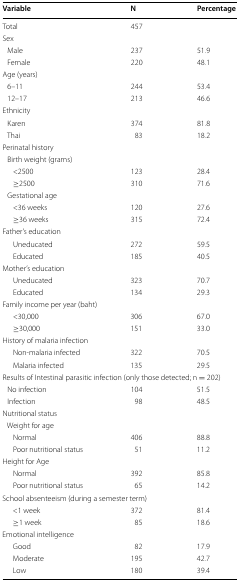
<table><thead><tr><td><b>Variable</b></td><td><b>N</b></td><td><b>Percentage</b></td></tr></thead><tbody><tr><td>Total</td><td>457</td><td></td></tr><tr><td colspan="3">Sex</td></tr><tr><td> Male</td><td>237</td><td>51.9</td></tr><tr><td> Female</td><td>220</td><td>48.1</td></tr><tr><td colspan="3">Age (years)</td></tr><tr><td> 6–11</td><td>244</td><td>53.4</td></tr><tr><td> 12–17</td><td>213</td><td>46.6</td></tr><tr><td colspan="3">Ethnicity</td></tr><tr><td> Karen</td><td>374</td><td>81.8</td></tr><tr><td> Thai</td><td>83</td><td>18.2</td></tr><tr><td colspan="3">Perinatal history</td></tr><tr><td colspan="3"> Birth weight (grams)</td></tr><tr><td>&lt;2500</td><td>123</td><td>28.4</td></tr><tr><td>≥2500</td><td>310</td><td>71.6</td></tr><tr><td colspan="3"> Gestational age</td></tr><tr><td>&lt;36 weeks</td><td>120</td><td>27.6</td></tr><tr><td>≥36 weeks</td><td>315</td><td>72.4</td></tr><tr><td colspan="3">Father’s education</td></tr><tr><td>Uneducated</td><td>272</td><td>59.5</td></tr><tr><td>Educated</td><td>185</td><td>40.5</td></tr><tr><td colspan="3">Mother’s education</td></tr><tr><td>Uneducated</td><td>323</td><td>70.7</td></tr><tr><td>Educated</td><td>134</td><td>29.3</td></tr><tr><td colspan="3">Family income per year (baht)</td></tr><tr><td>&lt;30,000</td><td>306</td><td>67.0</td></tr><tr><td>≥30,000</td><td>151</td><td>33.0</td></tr><tr><td colspan="3">History of malaria infection</td></tr><tr><td>Non-malaria infected</td><td>322</td><td>70.5</td></tr><tr><td>Malaria infected</td><td>135</td><td>29.5</td></tr><tr><td colspan="3">Results of Intestinal parasitic infection (only those detected; n = 202)</td></tr><tr><td> No infection</td><td>104</td><td>51.5</td></tr><tr><td> Infection</td><td>98</td><td>48.5</td></tr><tr><td colspan="3">Nutritional status</td></tr><tr><td colspan="3"> Weight for age</td></tr><tr><td>Normal</td><td>406</td><td>88.8</td></tr><tr><td>Poor nutritional status</td><td>51</td><td>11.2</td></tr><tr><td colspan="3">Height for Age</td></tr><tr><td>Normal</td><td>392</td><td>85.8</td></tr><tr><td>Poor nutritional status</td><td>65</td><td>14.2</td></tr><tr><td colspan="3">School absenteeism (during a semester term)</td></tr><tr><td>&lt;1 week</td><td>372</td><td>81.4</td></tr><tr><td>≥1 week</td><td>85</td><td>18.6</td></tr><tr><td colspan="3">Emotional intelligence</td></tr><tr><td>Good</td><td>82</td><td>17.9</td></tr><tr><td>Moderate</td><td>195</td><td>42.7</td></tr><tr><td>Low</td><td>180</td><td>39.4</td></tr></tbody></table>